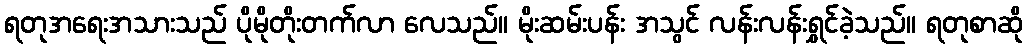
ရတုအရေးအသားသည် ပိုမိုတိုးတက်လာ လေသည်။ မိုးဆမ်းပန်း အသွင် လန်းလန်းရွှင်ခဲ့သည်။ ရတုစာဆို